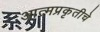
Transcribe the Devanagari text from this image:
आत्मप्रकृतीचे